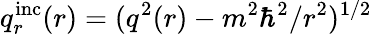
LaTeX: q_{r}^{\mathrm{inc}}(r)=(q^{2}(r)-m^{2}\hbar^{2}/r^{2})^{1/2}